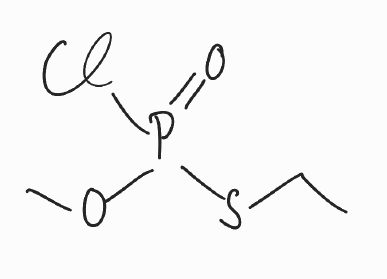
Simplified molecular-input line-entry system (SMILES) notation of the given molecule:
CCSP(=O)(OC)Cl